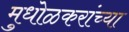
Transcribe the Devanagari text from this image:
मुधोळकरांच्या